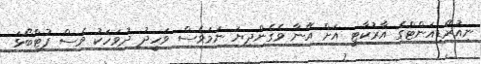
ނިއުރޭޑިއަންޓްގެ އާރުކާޓީ އަށް އޭނާ ވެގެންދިޔަ ނަމަވެސް ވަހީދު ދުވަހަކު ވެސް ފުޓްބޯޅަ